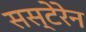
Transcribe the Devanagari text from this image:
सस्टेरेन